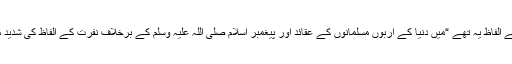
اس موقع پر انکے الفاظ یہ تھے “میں دنیا کے اربوں مسلمانوں کے عقائد اور پیغمبر اسلام صلیٰ اللہ علیہ وسلم کے برخلاف نفرت کے الفاظ کی شدید مذمت کرتا ہوں۔